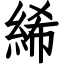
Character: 絺